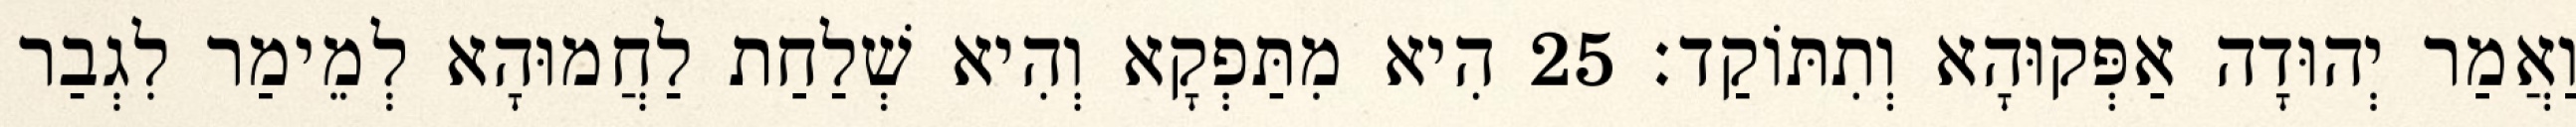
וַאֲמַר יְהוּדָה אַפְּקוּהָא וְתִתּוֹקַד׃ 25 הִיא מִתַּפְקָא וְהִיא שְׁלַחַת לַחֲמוּהָא לְמֵימַר לִגְבַר